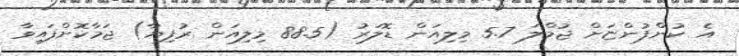
އެ ކުންފުންޏަށް ޖުމްލަ 5.7 މިލިއަން ޑޮލަރު (88.5 މިލިއަން ރުފިޔާ) ޖަމާކޮށްފައިވާ